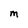
Character: M